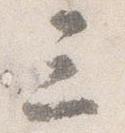
三